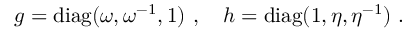
g = { \mathrm { d i a g } } ( \omega , \omega ^ { - 1 } , 1 ) ~ , ~ ~ ~ h = { \mathrm { d i a g } } ( 1 , \eta , \eta ^ { - 1 } ) ~ .